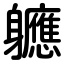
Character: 軈